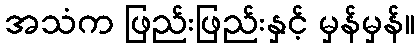
အသံက ဖြည်းဖြည်းနှင့် မှန်မှန်။